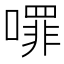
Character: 𭋈